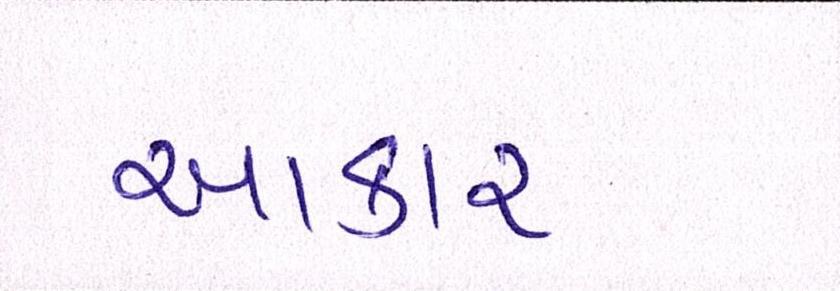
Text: આકાર